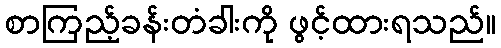
စာကြည့်ခန်းတံခါးကို ဖွင့်ထားရသည်။